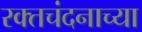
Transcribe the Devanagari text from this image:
रक्तचंदनाच्या